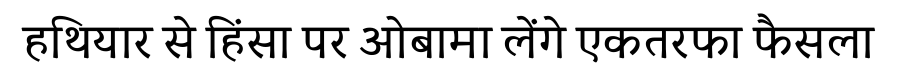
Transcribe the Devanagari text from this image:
हथियार से हिंसा पर ओबामा लेंगे एकतरफा फैसला